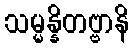
သမ္မန္နိတဗ္ဗာနိ